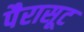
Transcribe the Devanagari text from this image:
पैरासूट